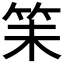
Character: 𬔴